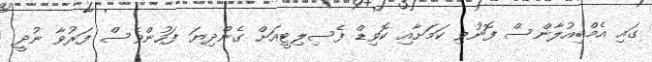
ގައި އެމްބިއުލާންސް ފޮނުވި ކަމަށާއި ކޮވިޑް ފެސިލިޓީއަށް ގެންދިޔަ ފަހުންވެސް ފަރުވާ ނުދީ